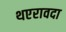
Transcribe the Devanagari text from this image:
थएरावदा